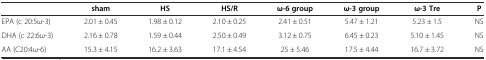
<table><thead><tr><td></td><td><b>sham</b></td><td><b>HS</b></td><td><b>HS/R</b></td><td><b>ω-6 group</b></td><td><b>ω-3 group</b></td><td><b>ω-3 Tre</b></td><td><b>P</b></td></tr></thead><tbody><tr><td>EPA (c 20:5ω-3)</td><td>2.01 ± 0.45</td><td>1.98 ± 0.12</td><td>2.10 ± 0.25</td><td>2.41 ± 0.51</td><td>5.47 ± 1.21</td><td>5.23 ± 1.5</td><td>NS</td></tr><tr><td>DHA (c 22:6ω-3)</td><td>2.16 ± 0.78</td><td>1.59 ± 0.44</td><td>2.50 ± 0.49</td><td>3.12 ± 0.75</td><td>6.45 ± 0.23</td><td>5.10 ± 1.45</td><td>NS</td></tr><tr><td>AA (C20:4ω-6)</td><td>15.3 ± 4.15</td><td>16.2 ± 3.63</td><td>17.1 ± 4.54</td><td>25 ± 5.46</td><td>17.5 ± 4.44</td><td>16.7 ± 3.72</td><td>NS</td></tr></tbody></table>